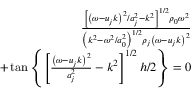
\begin{array} { r } { \frac { \left[ \left( \omega - u _ { j } k \right) ^ { 2 } / a _ { j } ^ { 2 } - k ^ { 2 } \right] ^ { 1 / 2 } \rho _ { 0 } \omega ^ { 2 } } { \left( k ^ { 2 } - \omega ^ { 2 } / a _ { 0 } ^ { 2 } \right) ^ { 1 / 2 } \rho _ { j } \left( \omega - u _ { j } k \right) ^ { 2 } } } \\ { + \tan \left\{ \left[ \frac { \left( \omega - u _ { j } k \right) ^ { 2 } } { a _ { j } ^ { 2 } } - k ^ { 2 } \right] ^ { 1 / 2 } h / 2 \right\} = 0 } \end{array}